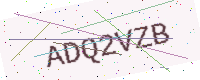
Text: ADQ2VZB